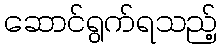
ဆောင်ရွက်ရသည့်